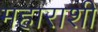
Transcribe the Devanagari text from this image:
महाराशी